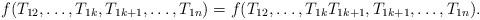
LaTeX: \begin{align*}f(T_{12},\dots,T_{1k},T_{1k+1},\dots,T_{1n})=f(T_{12},\dots,T_{1k}T_{1k+1},T_{1k+1},\dots,T_{1n}).\end{align*}